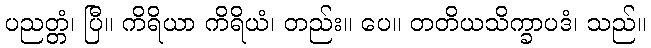
ပညတ္တံ၊ ပြီ။ ကိရိယာ ကိရိယံ၊ တည်း။ ပေ။ တတိယသိက္ခာပဒံ၊ သည်။